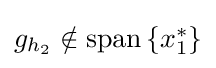
{\textstyle g_{h_{2}}\notin \operatorname {span} \left\{x_{1}^{*}\right\}}